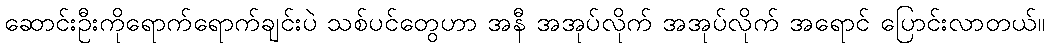
ဆောင်းဦးကိုရောက်ရောက်ချင်းပဲ သစ်ပင်တွေဟာ အနီ အအုပ်လိုက် အအုပ်လိုက် အရောင် ပြောင်းလာတယ်။